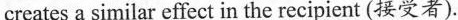
creates a similar effect in the recipient (接受者).